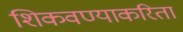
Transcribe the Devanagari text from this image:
शिकवण्याकरिता